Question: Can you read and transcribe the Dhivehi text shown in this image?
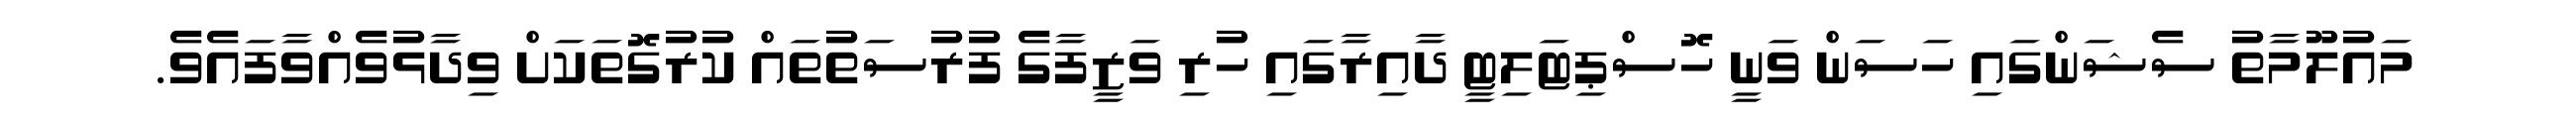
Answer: މައުލޫމާތު ސެޝަންގައި ހަސަން ވަނީ ހޮސްޕިޓަލިޓީ ދާއިރާގައި ހުރި ވަޒީފާގެ ފުރުސަތުތައް ކުރުގޮތަކަށް ވިދާޅުވެއްވާފައެވެ.